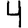
Digit: 4